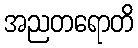
အညတရောတိ